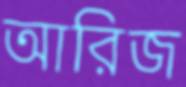
আরিজ